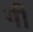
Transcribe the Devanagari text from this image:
गीं